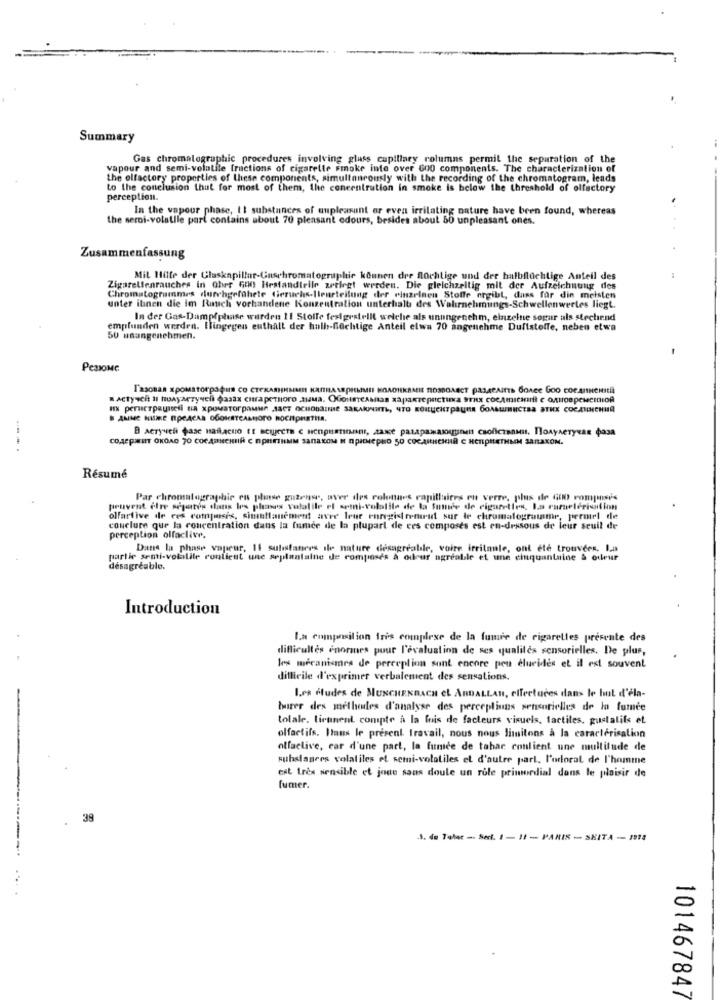
Summary
Gas chromatographic procedures involving glass capillary columns permil the separation of the
vapour and semi-volatile [ructions of cigarette smoke inte over 600 components. The characterization of
the olfactory properties of these components, simultaneously with the recording of the chromatogram, leads
to the conclusion that for most of them, the concentration in smoke is below the threshold of olfactory
perception.
In the vapour phase, It substances of uupleasant or even irritating nature have been found, whereas
the semi-volatile parl contains about 70 pleasant odours, besides about 50 unpleasant ones.
Zusammenfassung
Mit Hilfe der Glaskapillar-Gaschromatographie können dre flüchtige und der halbflüchtige Anteil des
Zigarettenrauches in Gher 600 Hestandirile zerlegt werden. Die gleichzeitig mit der Aufzeichnung des
Chromatogrammes durchgeführte Geruchs-|leurteilung der einzelnen Stoffe ergibt, dass for din meisten
unter itinen die im Rauch vorhandene Konzentration unterhalts des Wahrnehmungs-Schwellenwertes liegt.
In der Gas-Dampfphase wurden 11 Stoffe festgestellt welche als unangenehm, einzelne sogar als stechend
empfunden werden. Ilingegen euthall der hulh-f@chtige Anteil elwa 70 angenehme Duftstoffe, neben etwa
50 unangenehmen.
PESIOMC
T'asosan xpoustorpapi CO CTEKARINMME KANTRANSPHIMMIL HOAOIKRAEIE TIDSDOABCT PASACAIETS GORGE GOO COCAINCHILE
AMME NISME ROCACAS OGOHRYCANHOTO HOCHPASTIA.
B Acryveli pase naffacto Et scujecta e Henpuanimen, zase pasapawaxugnen csoliczanus, TonyseTyvan pasa
---
Résumé
Par chromatographie en phase guzens, aver des colonnes capillaires en verre, plus ile Gi0) romposys
peuvent elre sepates dans les phases volatile et semi-volatile de la Sumie de cigarettes, La rametérisation
ollartive de ces composis, simultanément avre leur enregist temrut sur le chromatograinmr, permet de
conclure que la concentration dans la fumée de la plupart de ces composes est en-dessous de leur seuil de
perception olfaclive.
Dans la phase vapeur, 11 sulistaners ile nature desagreable, voire irritanle, ont ete trouvees, La
partie semi-volalile contient une seplantalne de composes & oileur agréable et une cinquantaine & odeur
désagréable.
Introduction
I.a composition fris complexe de la fumée de cigarettes presente des
difficultés enormes pour l'evaluation de ses qualiles sensorielles. De plus,
les mécanismes de perception sont encore pen clurides et il est souvent
difficile d'exprimer verbalement des sensations.
Les études de MUNCHENBACH EL ARDALLAN, effectuces dans le but d'éla-
turer des méthodes d'analyse des perceptions sensorielles de la fumée
totale. tirunent compte à la fois de facteurs visuels, tactiles, gustatifs et
olfactifs. Hans le présent. travail, nous nous limitons à la caractérisation
olfactive, car d'une part, la fumée de tabac contient une multitude de
substances volatiles et semi-volatiles et d'autre part. l'odorat de l'homme
est très sensible et joue sans doute un role primordial dans le plaisir de
fumer.
39
1. de Telac -- Sert. 1 - 11 - PANIS -- SKITA -- 1813
101467847